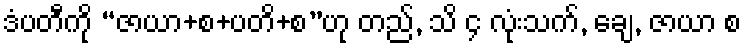
ဒံပတီကို “ဇာယာ+စ+ပတိ+စ”ဟု တည်, သိ ၄ လုံးသက်, ချေ, ဇာယာ စ